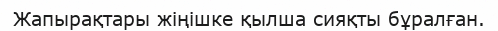
Жапырақтары жіңішке қылша сияқты бұралған.